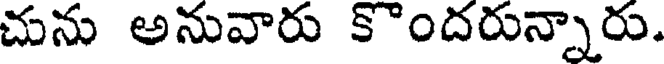
చును అనువారు కొందరున్నారు.